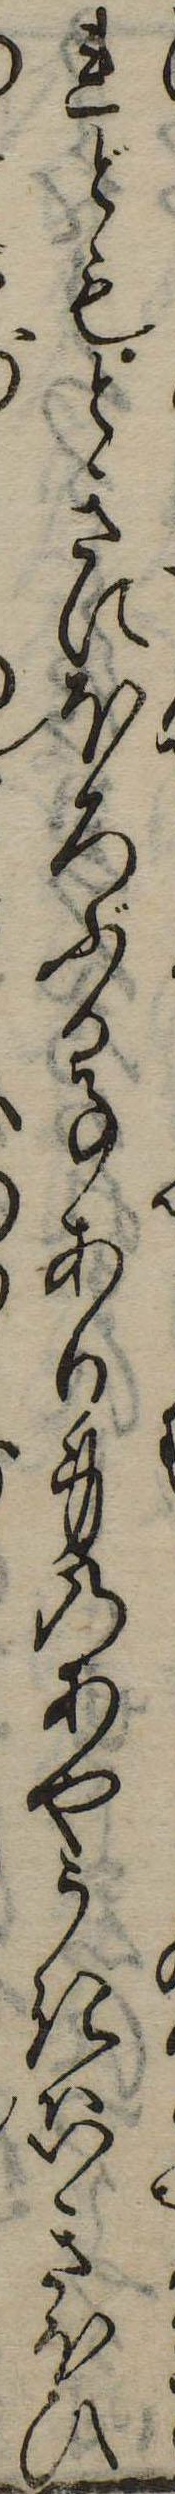
れどもときにほろぶる事あり身のあやうきはいきほひ